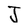
Character: J